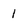
Character: 1